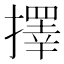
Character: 擇